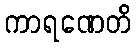
ကာရဏေတိ